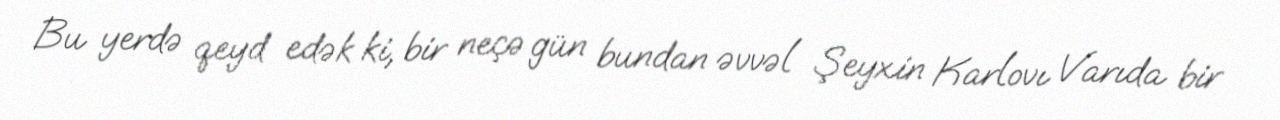
Bu yerdə qeyd edək ki, bir neçə gün bundan əvvəl Şeyxin Karlovı Varıda bir